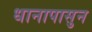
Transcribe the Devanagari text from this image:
धानापासुन